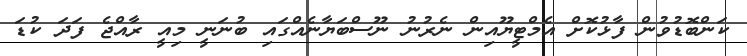
ކަންބޮޑުވުން ފާޅުކޮށް އެމްޓީޔޫއިން ނެރުނު ނޫސްބަޔާނެއްގައި ބުނަނީ މިއީ ރާއްޖެ ފަދަ ކުޑަ